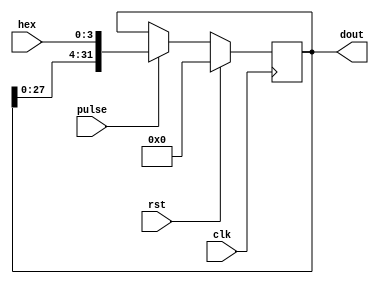
module ShiftReg(
    input                   [ 0 : 0]            clk,
    input                   [ 0 : 0]            rst,
    input                   [ 3 : 0]            hex,
    input                   [ 0 : 0]            pulse,
    output      reg         [31 : 0]            dout
);
always @(posedge clk) begin
    if (rst)
        dout <= 0;
    else if (pulse)
        dout <= {{dout[27: 0]}, {hex}};
end
endmodule